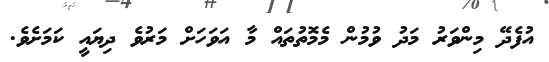
އުފެދޭ މިންވަރު މަދު ވުމުން މެމޮތުތައް މާ އަވަހަށް މަރުވެ ދިޔައީ ކަމަށެވެ.